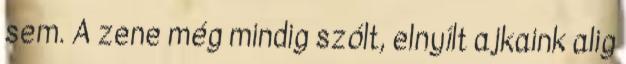
sem. A zene még mindig szólt, elnyílt ajkaink alig